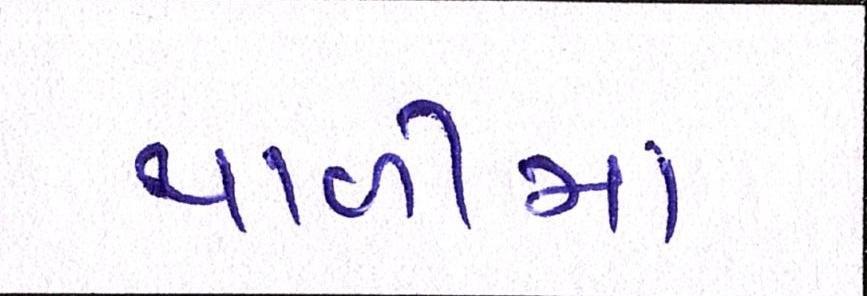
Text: થાળીમાં